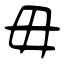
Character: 毋